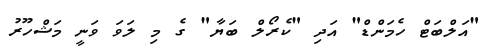
"އަލްބަޓް ހެމަންޑް" އަދި "ކެރޯލް ބަޔާ" ގެ މި ލަވަ ވަނީ މަޝްހޫރު